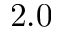
2 . 0